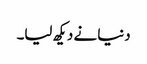
دنیا نے دیکھ لیا۔